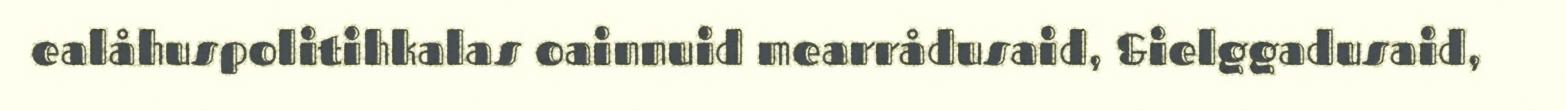
ealåhuspolitihkalas oainnuid mearrådusaid, &ielggadusaid,